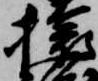
猿